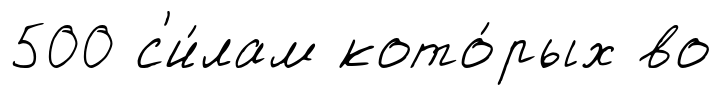
500 с'и́лам кото́рых во